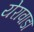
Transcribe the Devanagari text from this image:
येरावाडा